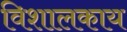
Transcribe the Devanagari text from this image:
विशालकाय